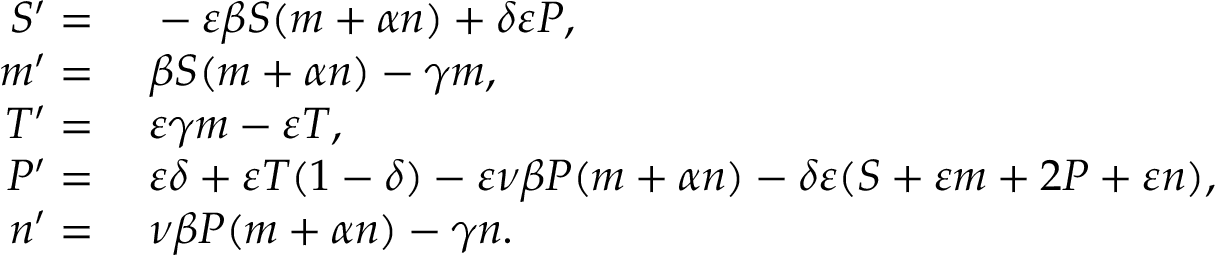
\begin{array} { r l } { S ^ { \prime } = } & { { } \; - \varepsilon \beta S ( m + \alpha n ) + \delta \varepsilon P , } \\ { m ^ { \prime } = } & { { } \; \beta S ( m + \alpha n ) - \gamma m , } \\ { T ^ { \prime } = } & { { } \; \varepsilon \gamma m - \varepsilon T , } \\ { P ^ { \prime } = } & { { } \; \varepsilon \delta + \varepsilon T ( 1 - \delta ) - \varepsilon \nu \beta P ( m + \alpha n ) - \delta \varepsilon ( S + \varepsilon m + 2 P + \varepsilon n ) , } \\ { n ^ { \prime } = } & { { } \; \nu \beta P ( m + \alpha n ) - \gamma n . } \end{array}